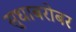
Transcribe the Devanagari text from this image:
सुधाबरोबर